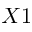
X 1